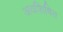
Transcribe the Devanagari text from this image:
अवशिषित